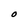
Character: O